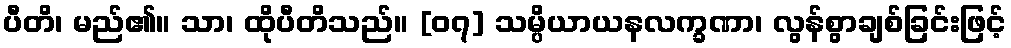
ပီတိ၊ မည်၏။ သာ၊ ထိုပီတိသည်။ [၀၇] သမ္ပိယာယနလက္ခဏာ၊ လွန်စွာချစ်ခြင်းဖြင့်